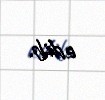
edib.